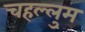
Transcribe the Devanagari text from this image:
चहल्लुम